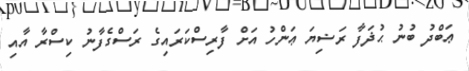
ޢަބްދު ބުނު ޙުޛަފާ ރަޟިޔަ ޢަންހު އަށް ފާރިސްކަރައިގެ ރަސްގެފާނު ކިސްރާ އާއި